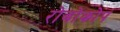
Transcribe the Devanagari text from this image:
रोबोकोप